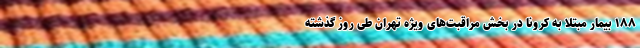
۱۸۸ بیمار مبتلا به کرونا در بخش مراقبت‌های ویژه تهران طی روز گذشته